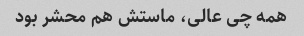
همه چی عالی، ماستش هم محشر بود